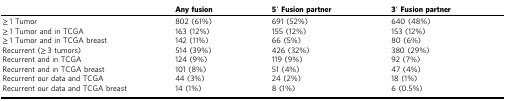
|  | Any fusion | 5′ Fusion partner | 3′ Fusion partner |
 | --- | --- | --- | --- |
 | ≥ 1 Tumor | 802 (61%) | 691 (52%) | 640 (48%) |
 | ≥ 1 Tumor and in TCGA | 163 (12%) | 155 (12%) | 153 (12%) |
 | ≥ 1 Tumor and in TCGA breast | 142 (11%) | 66 (5%) | 80 (6%) |
 | Recurrent (≥ 3 tumors) | 514 (39%) | 426 (32%) | 380 (29%) |
 | Recurrent and in TCGA | 124 (9%) | 119 (9%) | 92 (7%) |
 | Recurrent and in TCGA breast | 101 (8%) | 51 (4%) | 47 (4%) |
 | Recurrent our data and TCGA | 44 (3%) | 24 (2%) | 18 (1%) |
 | Recurrent our data and TCGA breast | 14 (1%) | 8 (1%) | 6 (0.5%) |